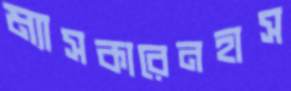
ম্যাসকারেনহাস